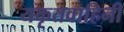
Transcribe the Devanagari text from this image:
यकृतवाहिनी